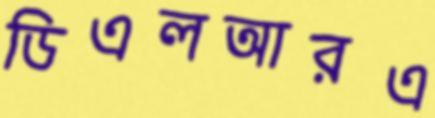
ডিএলআরএ